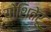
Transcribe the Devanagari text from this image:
योशितेरू